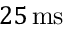
2 5 \, \mathrm { m s }